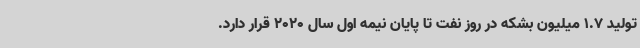
تولید 1.7 میلیون بشکه در روز نفت تا پایان نیمه اول سال 2020 قرار دارد.